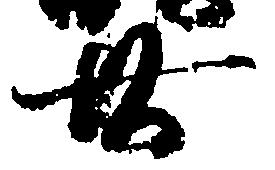
廿